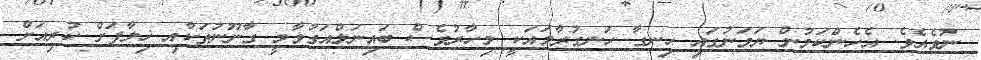
ނުވެއެވެ. އެހެންކަމުން ޔަމަނުގައި ހިނގާ ހަނގުރާމައަކީ މިހާރުވެސް ބައިނަލްއަގުވާމީ ގާނޫނުތަކާއި ޚިލާފަށް ކުރިއަށް